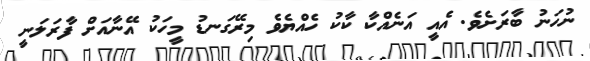
ނުހަނު ބާރަށެވެ. އެއީ އަނެއްކާ ކާކު ހެއްޔެވެ މިރޭގަނޑު މީހަކު އޭނާއަށް ފާރަލަނީ